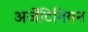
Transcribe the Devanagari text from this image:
अर्जेंटिनियन